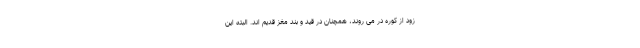
زود از کوره در می روند، همچنان در قید و بند مغز قدیم اند. البته این